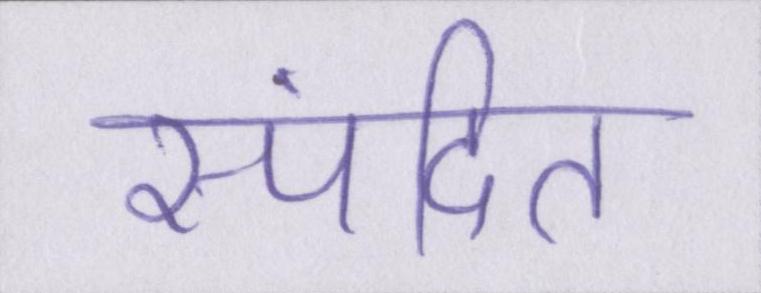
स्पंदित